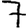
Digit: 7